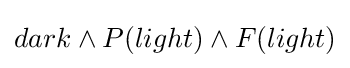
dark\land P(light)\land F(light)